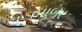
બાબર